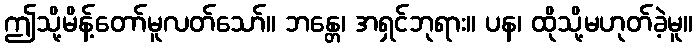
ဤသို့မိန့်တော်မူလတ်သော်။ ဘန္တေ၊ အရှင်ဘုရား။ ပန၊ ထိုသို့မဟုတ်ခဲ့မူ။